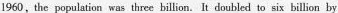
1960,the population was three billion. It doubled to six billion by